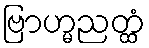
ဗြာဟ္မညတ္ထံ